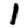
Digit: 1